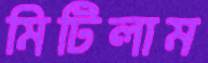
মিটিলাম